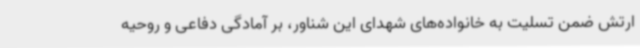
ارتش ضمن تسلیت به خانواده‌های شهدای این شناور، بر آمادگی دفاعی و روحیه